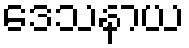
ဒေသနာယ